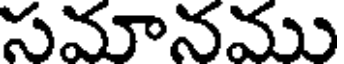
సమానము